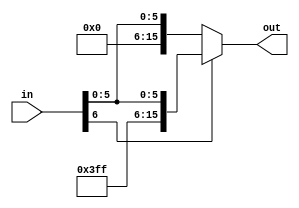
module extension_unit(out, in);
	input 	wire	[6:0] 	in;
	output	wire		[15:0]	out;
	
	assign out = (in[6] == 1'b1)? {9'b111111111, in} : {9'b0, in} ;
	
endmodule